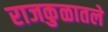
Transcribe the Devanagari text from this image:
राजकुळातले